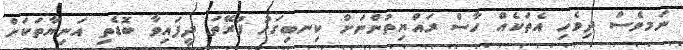
ނަމވެސް ދިވެހި އެތަކެއް ހާސް ރައްޔިތުންނަށް ކިނބިގަހު ފުރޭތަ ދީފައިވާ ބޮޑެތި އަނިޔާތަކަށް